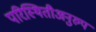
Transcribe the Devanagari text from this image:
परिस्थितीअनुरुप